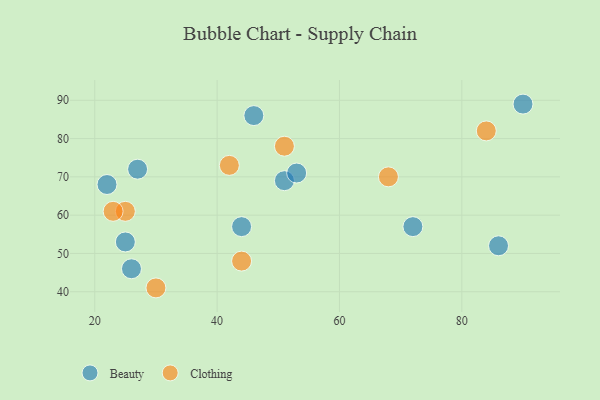
{"axis": {"x": "GDP", "y": "Life Expectancy"}, "legend": ["Beauty", "Clothing"], "data": [{"x": "27", "y": 72, "type": "Beauty"}, {"x": "72", "y": 57, "type": "Beauty"}, {"x": "90", "y": 89, "type": "Beauty"}, {"x": "26", "y": 46, "type": "Beauty"}, {"x": "22", "y": 68, "type": "Beauty"}, {"x": "51", "y": 69, "type": "Beauty"}, {"x": "86", "y": 52, "type": "Beauty"}, {"x": "46", "y": 86, "type": "Beauty"}, {"x": "53", "y": 71, "type": "Beauty"}, {"x": "25", "y": 53, "type": "Beauty"}, {"x": "44", "y": 57, "type": "Beauty"}, {"x": "25", "y": 61, "type": "Clothing"}, {"x": "44", "y": 48, "type": "Clothing"}, {"x": "42", "y": 73, "type": "Clothing"}, {"x": "51", "y": 78, "type": "Clothing"}, {"x": "30", "y": 41, "type": "Clothing"}, {"x": "84", "y": 82, "type": "Clothing"}, {"x": "23", "y": 61, "type": "Clothing"}, {"x": "68", "y": 70, "type": "Clothing"}]}